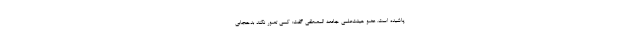
‌پاشیده است. عضو هیئت‌علمی جامعه المصطفی گفت: کسی تصور نکند بدحجابی